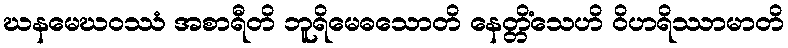
ဃနမေဃဝဿံ အစာရီတိ ဘူရိမေဓသောတိ နေတ္တိံသေဟိ ဝိဟရိဿာမာတိ